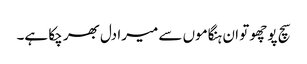
سچ پوچھو تو ان ہنگاموں سے میرا دل بھر چکا ہے۔